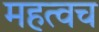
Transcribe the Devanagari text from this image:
महत्वच